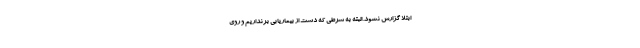
ابتلا گزارش نشود. البته به شرطی که دست از بیماریابی برنداریم و روی